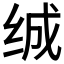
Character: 𰬖